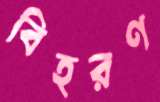
বিহরণ